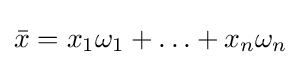
{\bar {x}}=x_{1}\omega _{1}+\ldots +x_{n}\omega _{n}